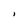
Character: i